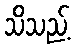
သိသည့်